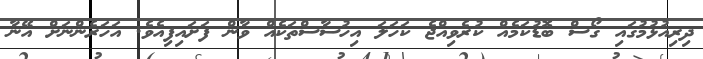
ދިރިއުޅުމުގައި ގޯސް ބޮޑުކަމެއް ކުރެވިއްޖެ ކަހަލަ އިހުސާސްތަކެއް ވާން ފަށައިފިއެވެ. އަހަރެންނަށް އޭނާ